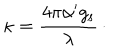
LaTeX: \kappa = { \frac { 4 \pi \alpha ^ { \prime } g _ { \mathrm { s } } } { \lambda } } \, \cdotp